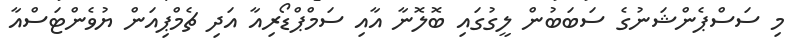
މި ސަސްޕެންޝަނުގެ ސަބަބުން ލީގުގައި ބޮލޮނާ އާއި ސަމްޕްޑޯރިއާ އަދި ޗެމްޕިއަން ޔުވެންޓަސްއާ